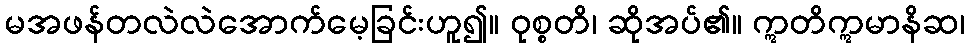
မအဖန်တလဲလဲအောက်မေ့ခြင်းဟူ၍။ ဝုစ္စတိ၊ ဆိုအပ်၏။ ဣတိဣမာနိဆ၊